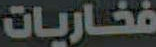
فخاريات